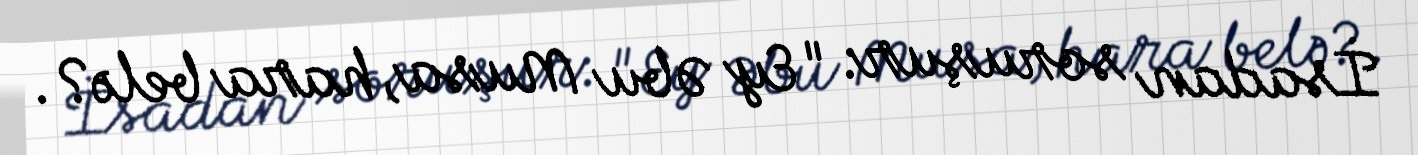
İsadan soruşur: "Ey Əbu Musa, hara belə?.